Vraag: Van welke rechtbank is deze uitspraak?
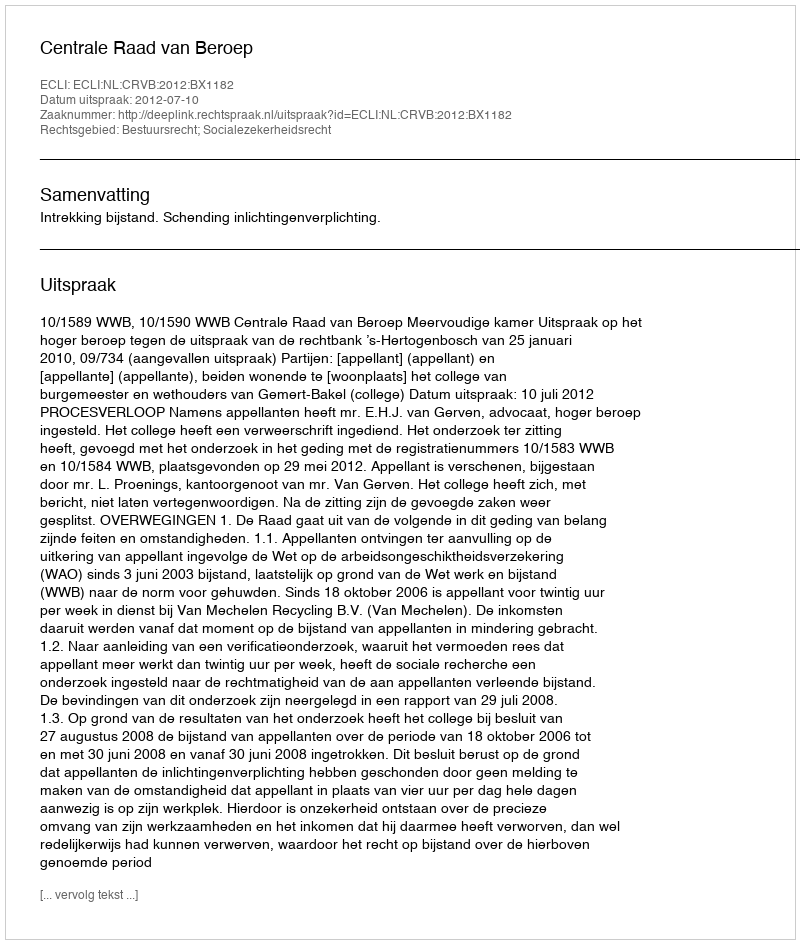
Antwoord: Centrale Raad van Beroep